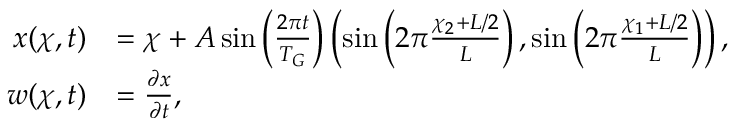
\begin{array} { r l } { \b x ( \b \chi , t ) } & { = \b \chi + A \sin \left( \frac { 2 \pi t } { T _ { G } } \right) \left( \sin \left( 2 \pi \frac { \chi _ { 2 } + L / 2 } { L } \right) , \sin \left( 2 \pi \frac { \chi _ { 1 } + L / 2 } { L } \right) \right) , } \\ { \b w ( \b \chi , t ) } & { = \frac { \partial \b x } { \partial t } , } \end{array}